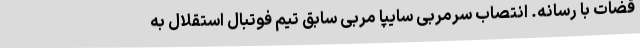
قضات با رسانه. انتصاب سرمربی سایپا مربی سابق تیم فوتبال استقلال به